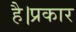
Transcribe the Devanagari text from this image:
है।प्रकार